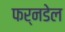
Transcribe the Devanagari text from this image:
फर्नडेल